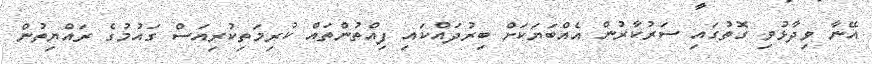
އޭނާ ވިދާޅުވި ގޮތުގައި ސަރުކާރުން އެއްބަޔަކަށް ބިރުދައްކައި ފިއްތުންތައް ކުރިމަތިކުރިއަސް ގައުމުގެ ރައްޔިތުން